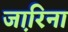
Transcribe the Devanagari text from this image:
जा़रिना